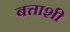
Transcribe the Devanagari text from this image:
बत्ताशी